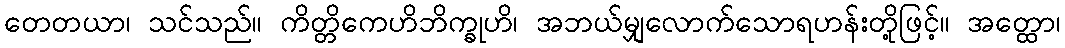
တေတယာ၊ သင်သည်။ ကိတ္တိကေဟိဘိက္ခုဟိ၊ အဘယ်မျှလောက်သောရဟန်းတို့ဖြင့်။ အတ္ထော၊